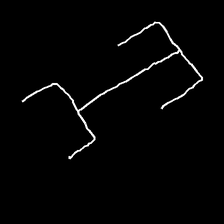
Glyph: entwine